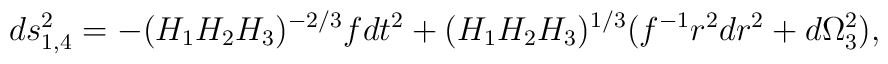
ds^2_{1,4} = -(H_1 H_2 H_3)^{-2/3} f dt^{2} + (H_1 H_2 H_3)^{1/3}(f^{-1} r^2 dr^{2} + d\Omega_3^2),